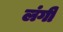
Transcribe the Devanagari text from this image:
लंगी